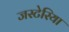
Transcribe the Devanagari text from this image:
जस्टेरिया